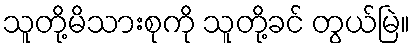
သူတို့မိသားစုကို သူတို့ခင် တွယ်မြဲ။